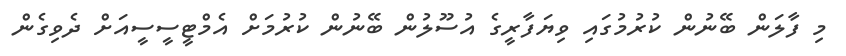
މި ފާލަން ބޭނުން ކުރުމުގައި ވިޔަފާރީގެ އުސޫލުން ބޭނުން ކުރުމަށް އެމްޓީސީސީއަށް ދެވިގެން